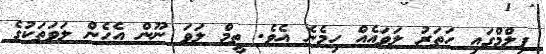
ފިލްމްގައި ހަތަރު ލަވައެއް ހިމެނެ އެވެ. ތީމް ލަވަ ނޫން އެހެން ލަވަތަކުގެ